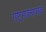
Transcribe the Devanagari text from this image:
राष्ट्रभावनापरक